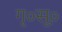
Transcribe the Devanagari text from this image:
गृ०सू०